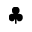
\clubsuit